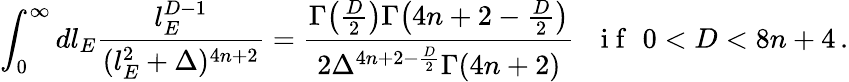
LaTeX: \int_{0}^{\infty}dl_{E}\frac{l_{E}^{D-1}}{(l_{E}^{2}+\Delta)^{4n+2}}=\frac{\Gamma\big(\frac{D}{2}\big)\Gamma\big(4n+2-\frac{D}{2}\big)}{2\Delta^{4n+2-\frac{D}{2}}\Gamma(4n+2)}\, \, \, \, \mathrm{~i~f~}\, \, 0<D<8n+4\, .